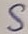
Text: S